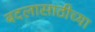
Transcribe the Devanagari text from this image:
बदलासाठीच्या